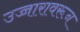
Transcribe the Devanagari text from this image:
उच्चारावरून